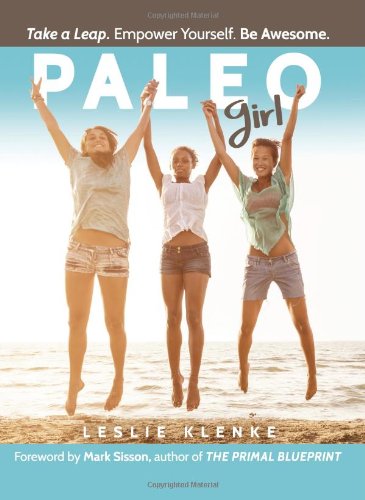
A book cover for Paleo Girl: Take a Leap. Empower Yourself. Be Awesome!; Leslie Klenke; Health, Fitness & Dieting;